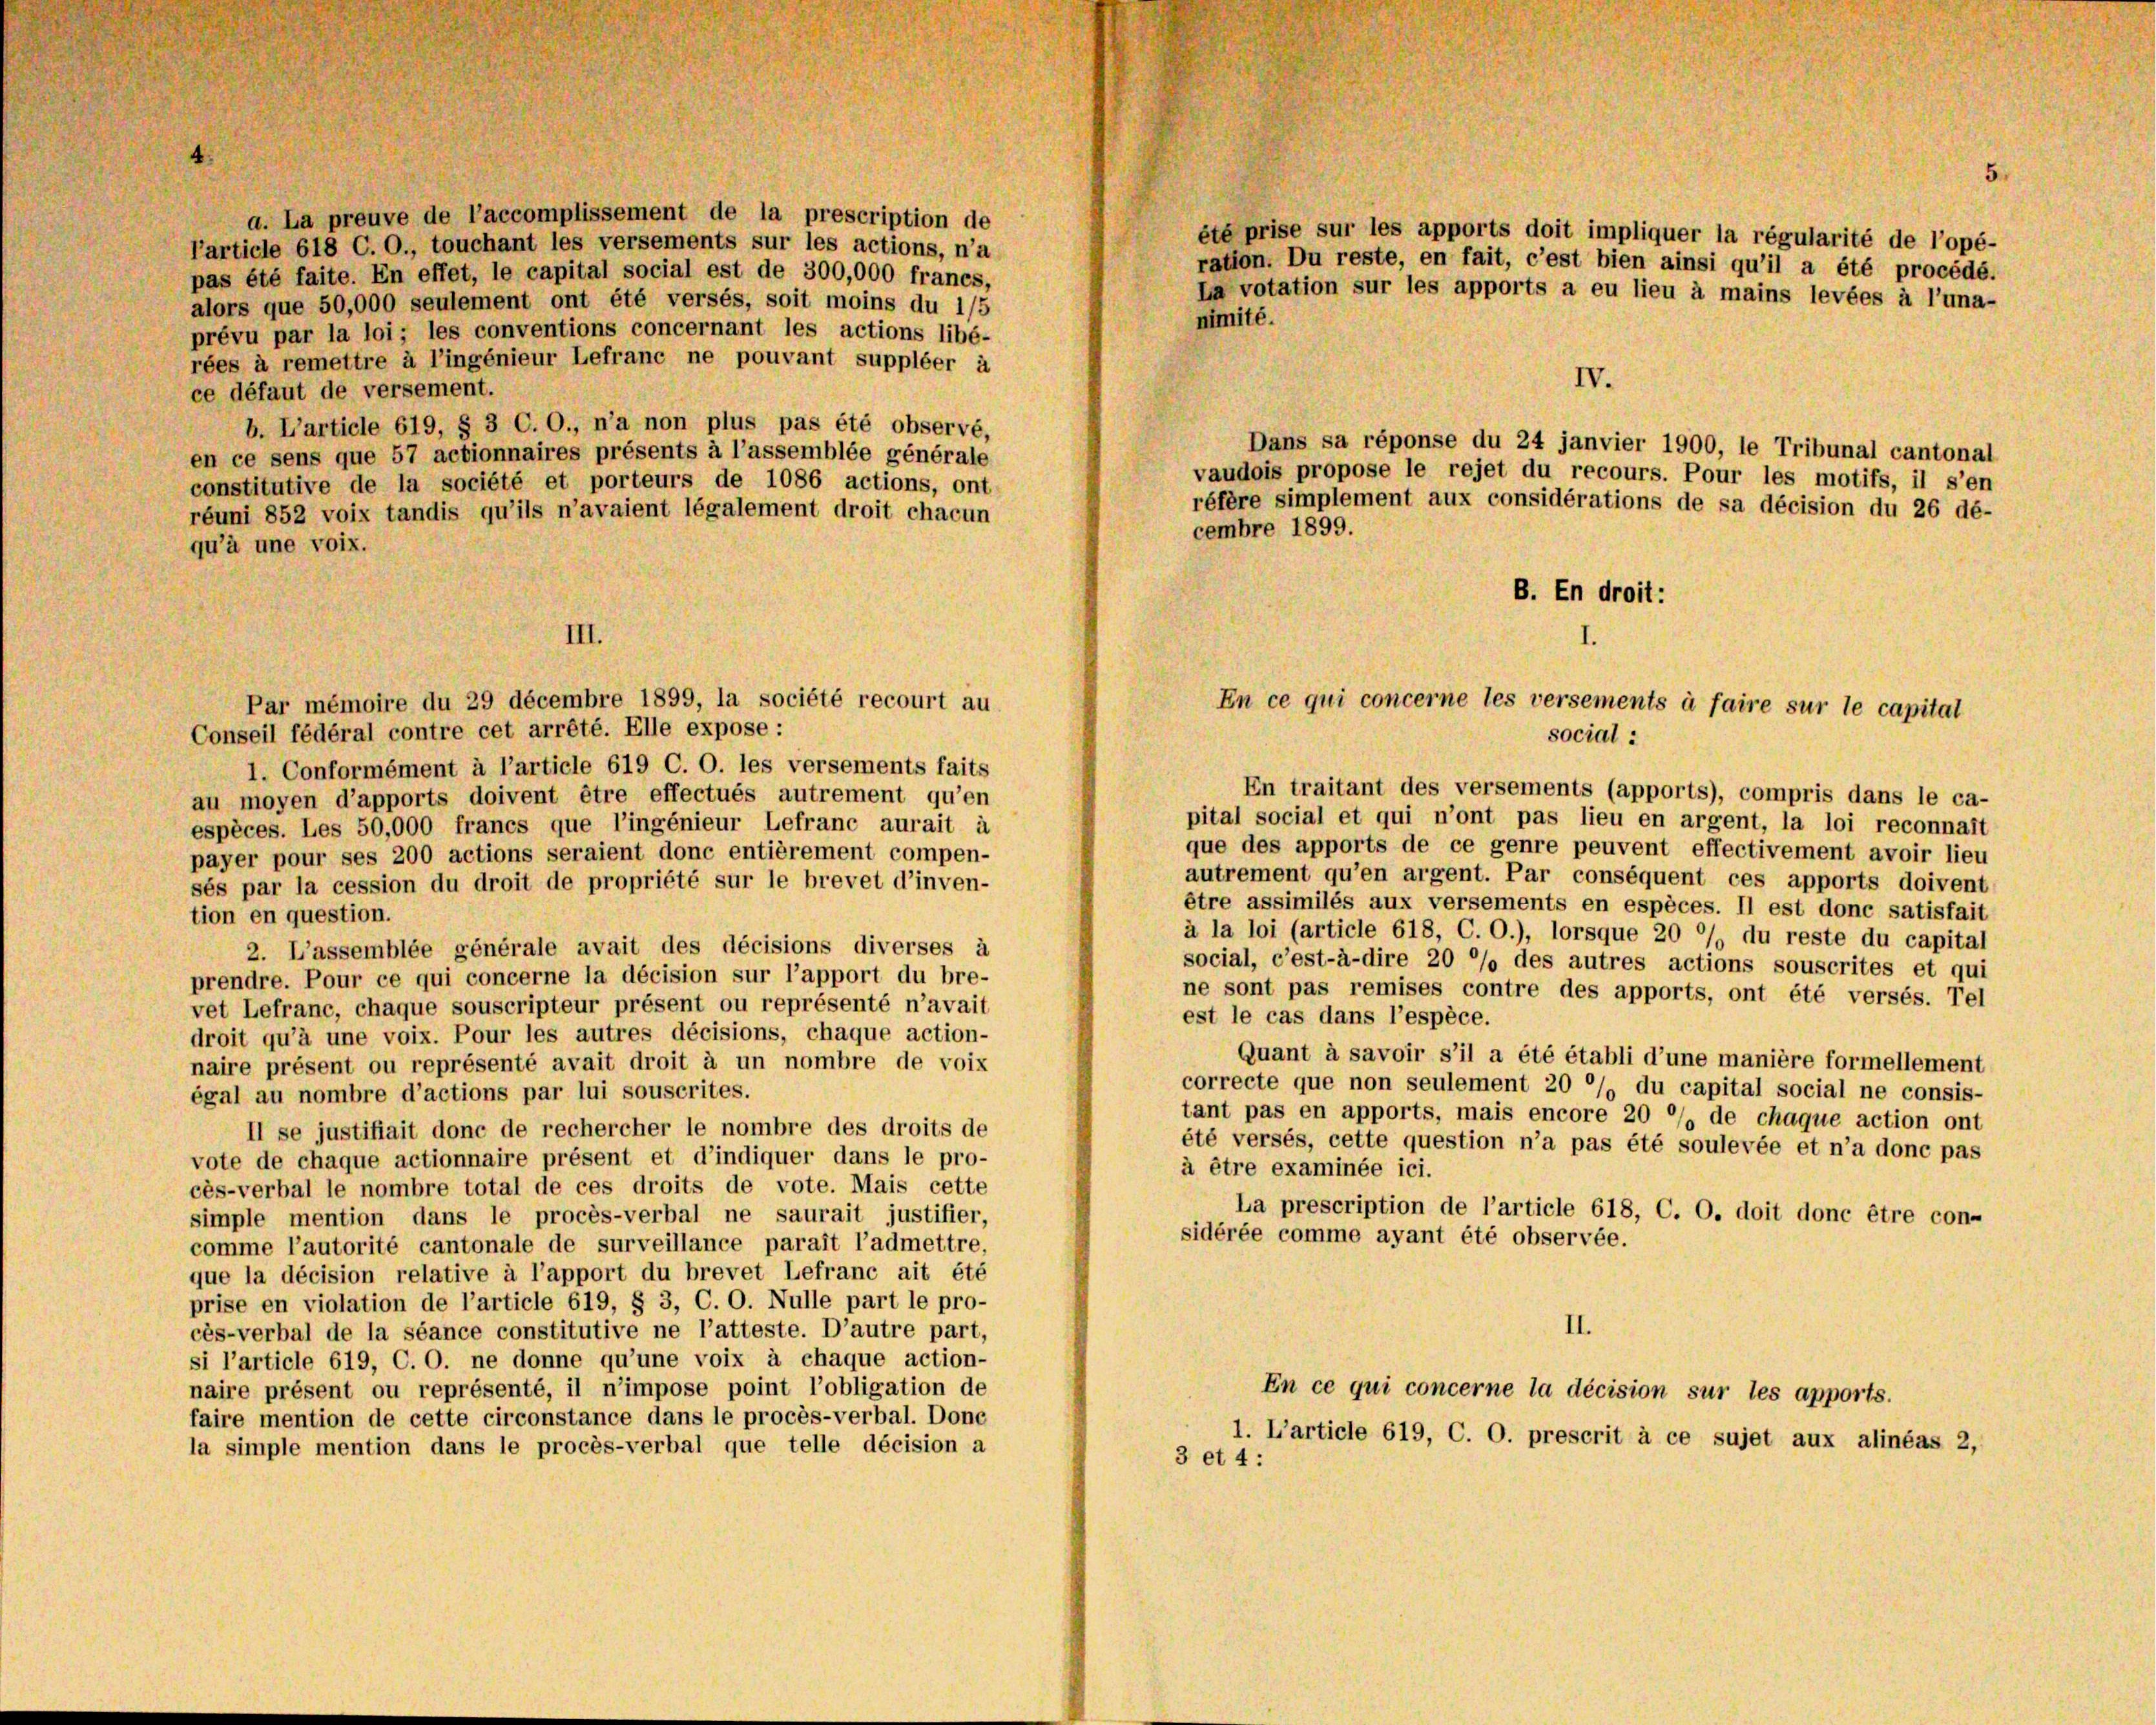
d. La preuve de l’accomplissement de la prescription de
ête prise sur les apports doit impliquer la régularité de l’opé-
l’article 618 C. O., touchant les versements sur les actions, n’a
ration. Du reste, en fait, c’est bien ainsi qu’il a été procédé.
pas été faite. En effet, le capital social est de 300,000 francs,
La votation sur les apports a eu lieu à mains levées à l’una-
alors que 50,000 seulement ont été versés, soit moins du 1/5
mimité.
prévu par la loi ; les conventions concernant les actions libé-
rées à remettre à l’ingénieur Lefranc ne pouvant suppléer à
IV.
ce défaut de versement.
b. L’article 619, § 3 C. O., n’a non plus pas été observé,
Dans sa réponse du 24 janvier 1900, le Tribunal cantonal
en ce sens que 57 actionnaires présents à l’assemblée générale
vaudois propose le rejet du recours. Pour les motifs, il s’en
constitutive de la société et porteurs de 1086 actions, ont
réfère simplement aux considérations de sa décision du 26 dé-
réuni 852 voix tandis qu’ils n’avaient légalement droit chacun
cembre 1899.
qu’à une voix.
B. En droit:
Par mémoire du 29 décembre 1899, la société recourt au
En ce qui concerne les versements à faire sur le capital
Conseil fédéral contre cet arrêté. Elle expose :
social :
1. Conformément à l’article 619 C. O. les versements faits
En traitant des versements (apports), compris dans le ca-
au moyen d’apports doivent être effectués autrement qu’en
pital social et qui n’ont pas lieu en argent, la loi reconnais
espèces. Les 50,000 francs que l’ingénieur Lefranc aurait à
que des apports de ce genre peuvent effectivement avoir lieu
payer pour ses 200 actions seraient donc entièrement compen-
autrement qu’en argent. Par conséquent ces apports doiven
sés par la cession du droit de propriété sur le brevet d’inven-
être assimilés aux versements en espèces. Il est donc satisfai
tion en question.
à la loi (article 618, C. O.), lorsque 20 % du reste du capita
2. L’assemblée générale avait des décisions diverses à
social, c’est-à-dire 20 % des autres actions souscrites et qui
prendre. Pour ce qui concerne la décision sur l’apport du bre-
ne sont pas remises contre des apports, ont été versés. Te
vet Lefranc, chaque souscripteur présent ou représenté n’avait
est le cas dans l’espèce.
droit qu’à une voix. Pour les autres décisions, chaque action-
Quant à savoir s’il a été établi d’une manière formellement
naire présent ou représenté avait droit à un nombre de voix
correcte que non seulement 20 °/ du capital social ne consis-
égal au nombre d’actions par lui souscrites.
tant pas en apports, mais encore 20 */s de chaque action ont
Il se justifiait donc de rechercher le nombre des droits de
été versés, cette question n’a pas été soulevée et n’a donc pas
vote de chaque actionnaire présent et d’indiquer dans le pro-
à être examinée ici.
cès-verbal le nombre total de ces droits de vote. Mais cette
La prescription de l’article 618, C. O. doit donc être con-
simple mention dans le procès-verbal ne saurait justifier,
sidérée comme ayant été observée.
comme l’autorité cantonale de surveillance parait l’admettre,
que la décision relative à l’apport du brevet Lefranc ait été
prise en violation de l’article 619, § 3, C. O. Nulle part le pro-
II.
cès-verbal de la séance constitutive ne l’atteste. D’autre part,
si l’article 619, C. O. ne donne qu’une voix à chaque action-
naire présent ou représenté, il n’impose point l’obligation de
En ce qui concerne la décision sur les apports.
faire mention de cette circonstance dans le procès-verbal. Done
1. L’article 619, C. O. prescrit à ce sujet aux alinéas 2,
la simple mention dans le procès-verbal que telle décision a
3 et 4:

III.